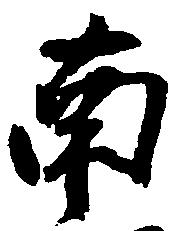
南